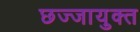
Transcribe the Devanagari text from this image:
छज्जायुक्त